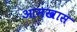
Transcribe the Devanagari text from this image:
आमखास